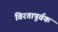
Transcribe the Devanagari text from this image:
विरतापूर्वक